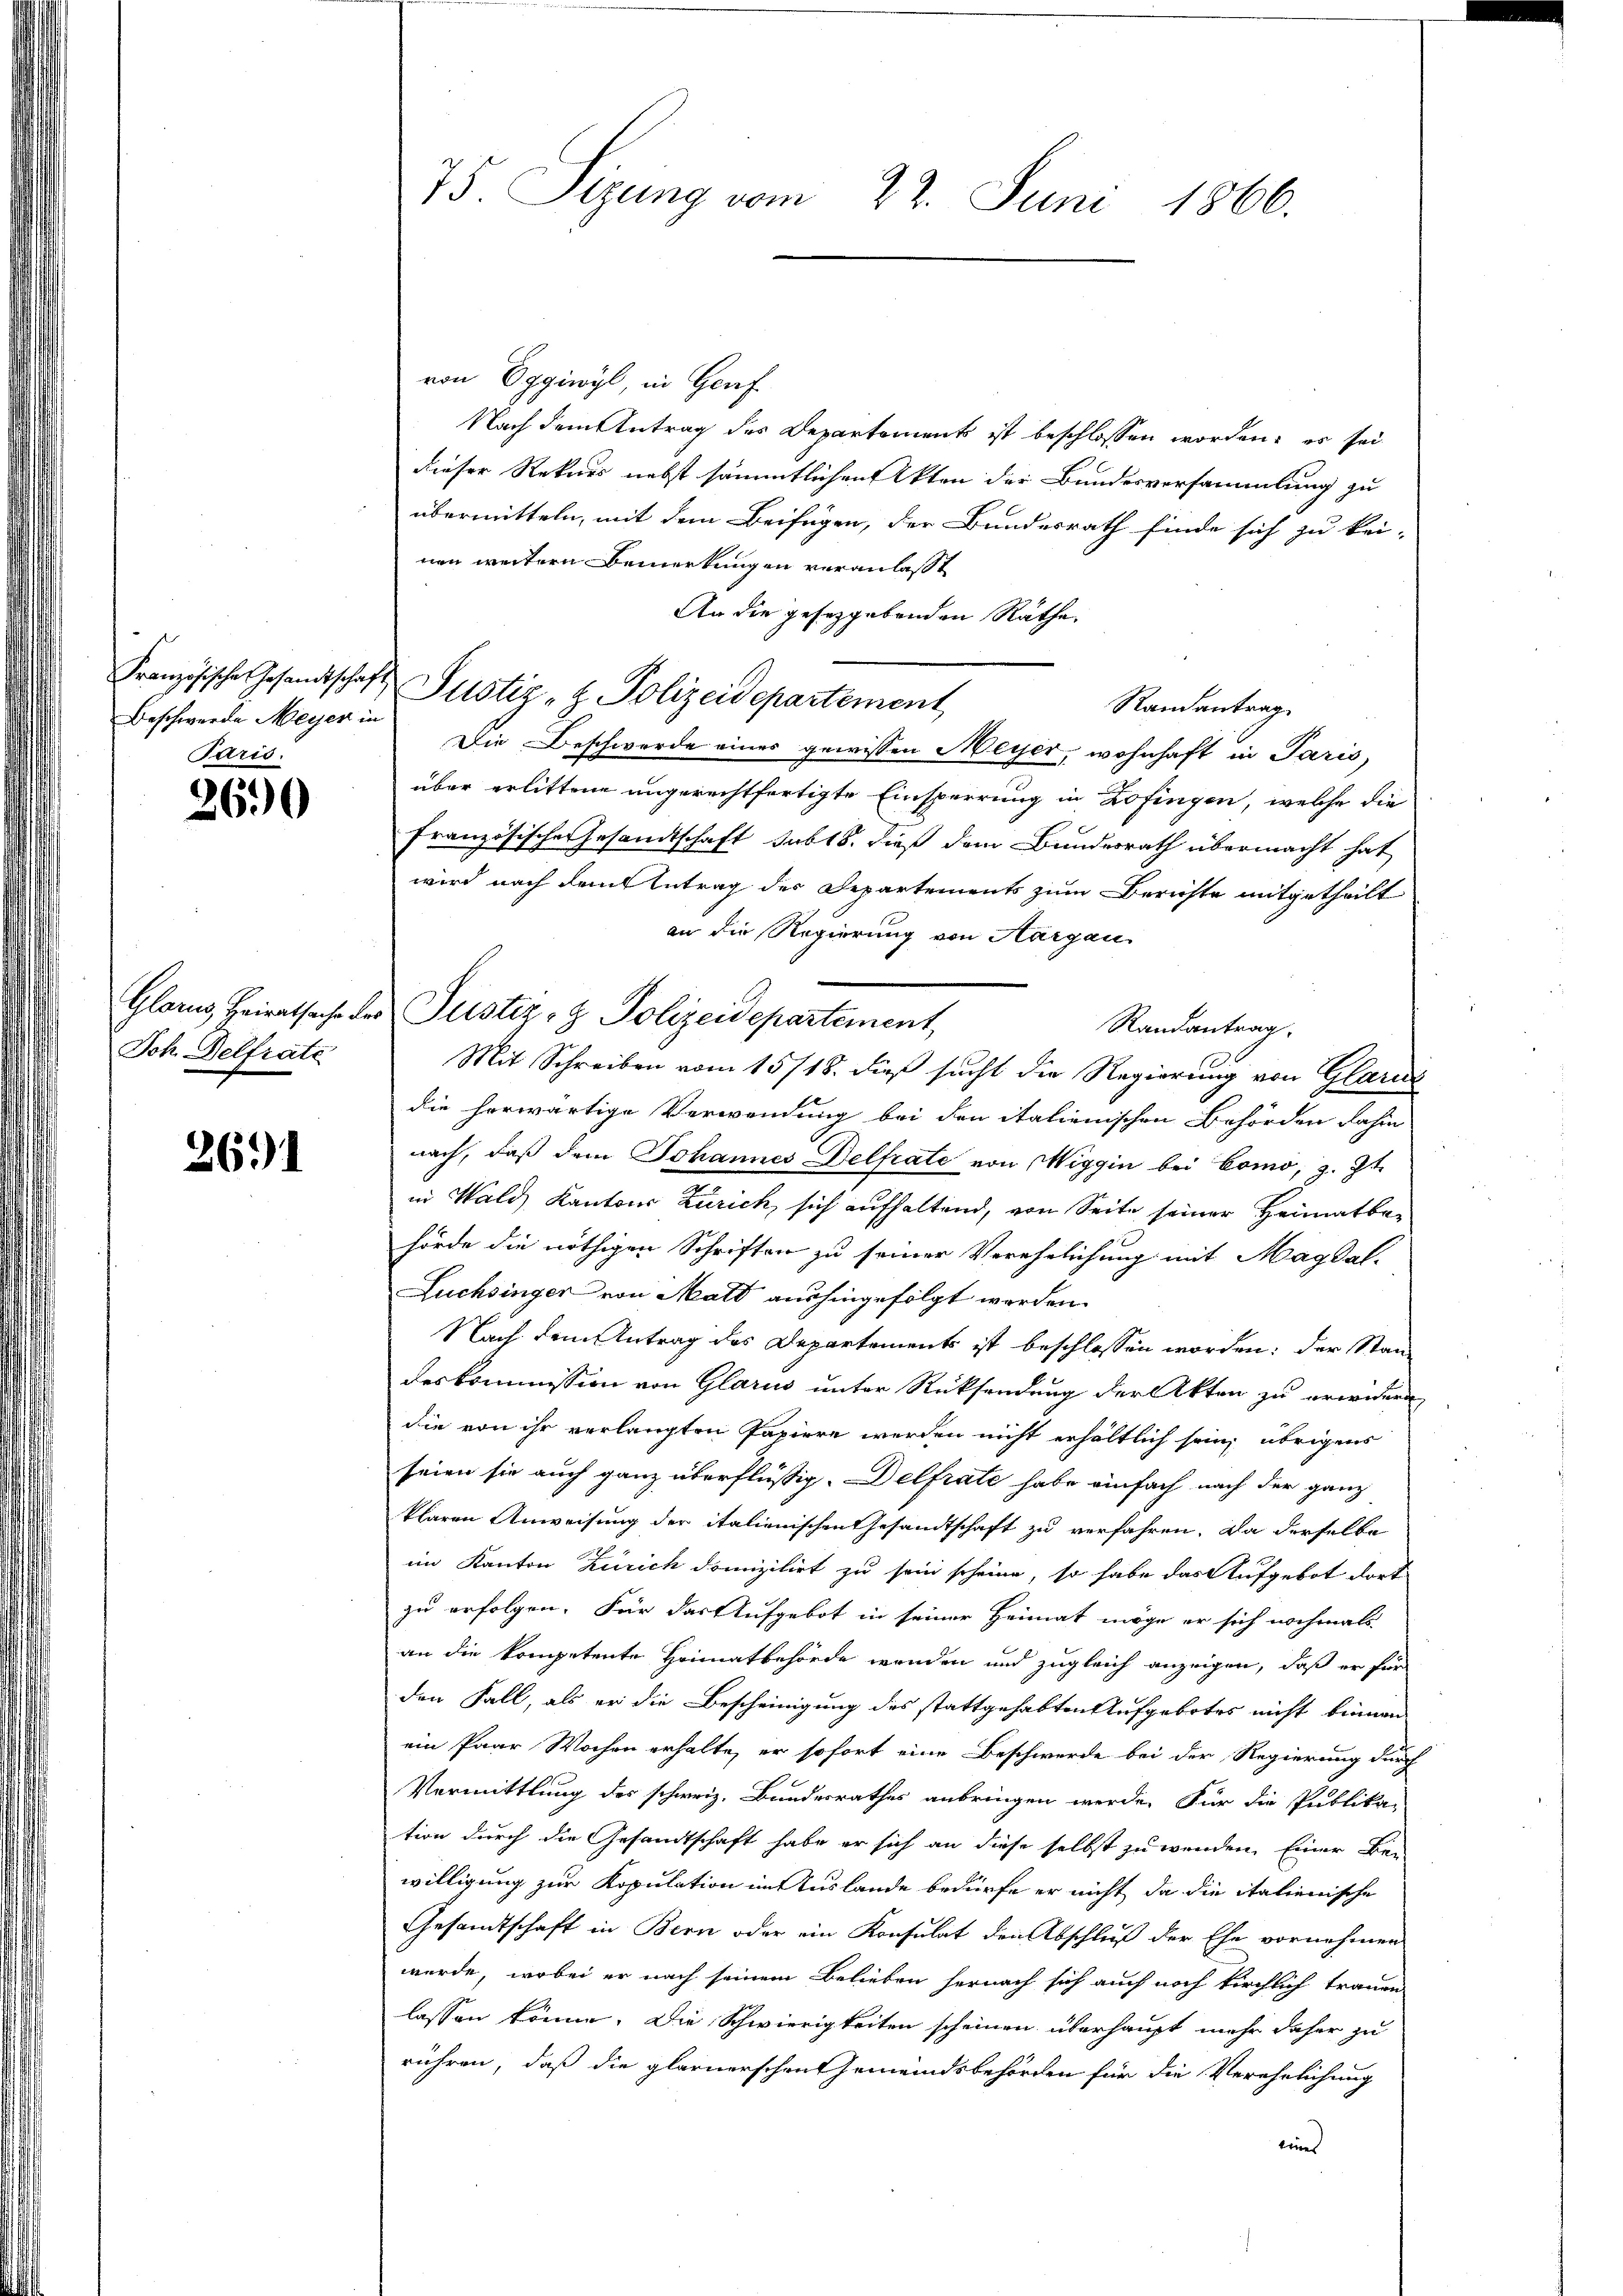
Beschwerde Meyer in
Paris.

2690

Joh Belfrate

2691

75 Sizung vom 22. Juni 1866.

von Eggiwyl, in Genf
Nach dem Antrag des Departements ist beschlossen worden; es sei
dieser Rekurs nebst sämmtlichen Akten der Bundesversammlung zu
übermitteln, mit dem Beifügen, der Bundesrath finde sich zu kei-
nen weitern Bemerkungen veranlasst
An die gesetzgebenden Räthe
Randantrag
Die Beschwerde eines gewissen Meyer, wohnhaft in Paris,
über erlittene ungerechtfertigte Einsperrung in Zofingen, welche die
französischer Gesandtschaft sub 18. dieß dem Bundesrath übermacht hat
wird nach dem Antrag des Departements zum Berichte mitgetheilt
an die Regierung von Aargau
Randantrag.
Mit Schreiben vom 15/18. dieß sucht die Regierung von Glarus
die herwärtige Verwendung bei den italienischen Behörden dahin
nach, daß dem Johannes Delfrate von Wiggin bei Como, z. Zt.
in Wald Kantons Zürich, sich aufhaltend, von Seite seiner Heimatbehörde die nöthigen Schriften zu seiner Verehrlichung mit Magdal-
Luchsinger von Matt aushingefolgt werden.
Nach dem Antrag des Departements ist beschlossen worden; der Standeskommission von Glarus unter Rücksendung der Akten zu erwidern
die von ihr verlangten Papiere werden nicht erhältlich sein, übrigens
seien sie auch ganz überflüssig. Delfrate habe einfach nach der ganz
klaren Anweisung der italienischen Gesandtschaft zu verfahren. Da derselbe
im Kanton Zürich domizilirt zu sein scheine, so habe das Aufgebot dort
zu erfolgen. Für das Aufgebot in seiner Heimat möge er sich nochmals
an die kompetente Heimatbehörde werden und zugleich anzeigen, daß er für
den Fall, als er die Bescheinigung des stattgehabten Aufgebotes nicht binnen
ein Paar Wochen erhalte, er sofort eine Beschwerde bei der Regierung durch
Vermittlung des schweiz. Bundesrathes anbringen werde. Für die Publika-
tion durch die Gesandtschaft habe er sich an diese selbst zu wenden. Einer Be-
willigung zur Kopulation im Auslande bedürfe er nicht, da die italienische
Gesandtschaft in Bern oder ein Konsulat den Abschluß der Ehe vornehmen
wurde, wobei er nach seinem Belieben hernach sich auch noch kirchlich trauen
lassen könne. Die Schwierigkeiten scheinen überhaupt mehr daher zu
rühren, daß die glarnerschen Gemeindsbehörden für die Verehelichung
eines

Französische Gesandtschaft Justiz - Polizeidepartement,

Glarus, Heiratsache des Justiz- & Polizeidepartement,